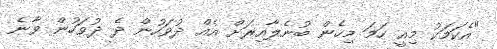
"އެކަމަކު މިއީ ހަމަ މިހެން ބުނެލާއިރަށް އެއް ދުވަހުން ދެ ދުވަހުން ވާނެ